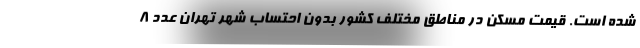
شده است. قیمت مسکن در مناطق مختلف کشور بدون احتساب شهر تهران عدد ۸